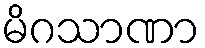
မိဂသာဏာ